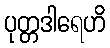
ပုတ္တဒါရေဟိ